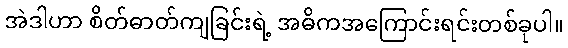
အဲဒါဟာ စိတ်ဓာတ်ကျခြင်းရဲ့ အဓိကအကြောင်းရင်းတစ်ခုပါ။